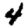
Digit: 4